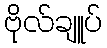
ဗိုလ်ချူပ်